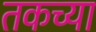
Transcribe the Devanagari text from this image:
तकच्या